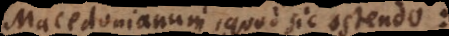
Macedonianum, quod sic ostendo: